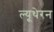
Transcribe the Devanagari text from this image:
ल्यूथेरन